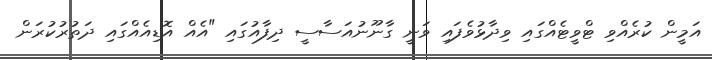
އަމީން ކުރެއްވި ޓްވީޓެއްގައި ވިދާޅުވެފައި ވަނީ ގާނޫނުއަސާސީ ދިފާއުގައި "އެއް އޮޑިއެއްގައި ދަތުރުކުރަން